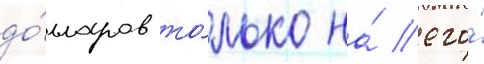
до́лларов то́лько на́ его́